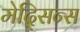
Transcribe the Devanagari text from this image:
मेद्सिन्स